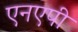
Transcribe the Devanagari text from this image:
एनएपी